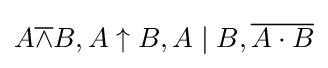
A{\overline {\land }}B,A\uparrow B,A\mid B,{\overline {A\cdot B}}